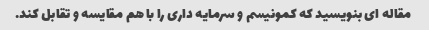
مقاله ای بنویسید که کمونیسم و سرمایه داری را با هم مقایسه و تقابل کند.